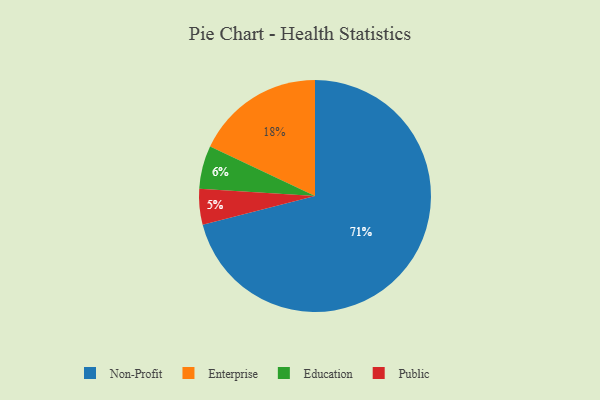
{"axis": {"x": "Category", "y": "Percentage"}, "legend": ["Education", "Enterprise", "Non-Profit", "Public"], "data": [{"x": "Public", "y": 5, "type": "Public"}, {"x": "Education", "y": 6, "type": "Education"}, {"x": "Non-Profit", "y": 71, "type": "Non-Profit"}, {"x": "Enterprise", "y": 18, "type": "Enterprise"}]}